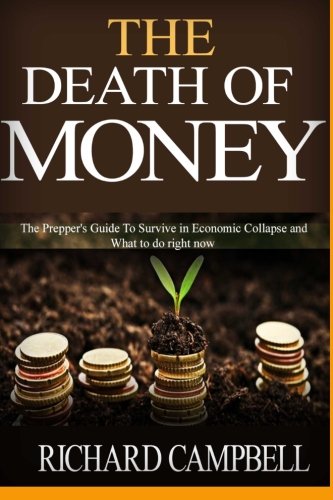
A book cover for The Death of Money: 2 in 1. The Death of Money and Debt Free. The Prepper's Guide for Your Financial Freedom and How to Survive in Economic Collapse; Richard Campbell; Business & Money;